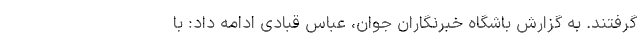
گرفتند. به گزارش باشگاه خبرنگاران جوان، عباس قبادی ادامه داد: با